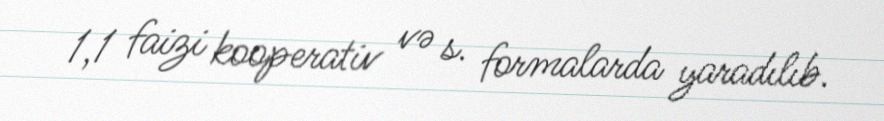
1,1 faizi kooperativ və s. formalarda yaradılıb.